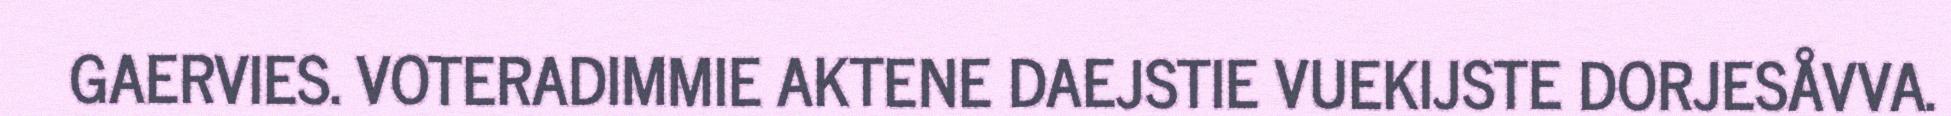
GAERVIES. VOTERADIMMIE AKTENE DAEJSTIE VUEKIJSTE DORJESÅVVA.